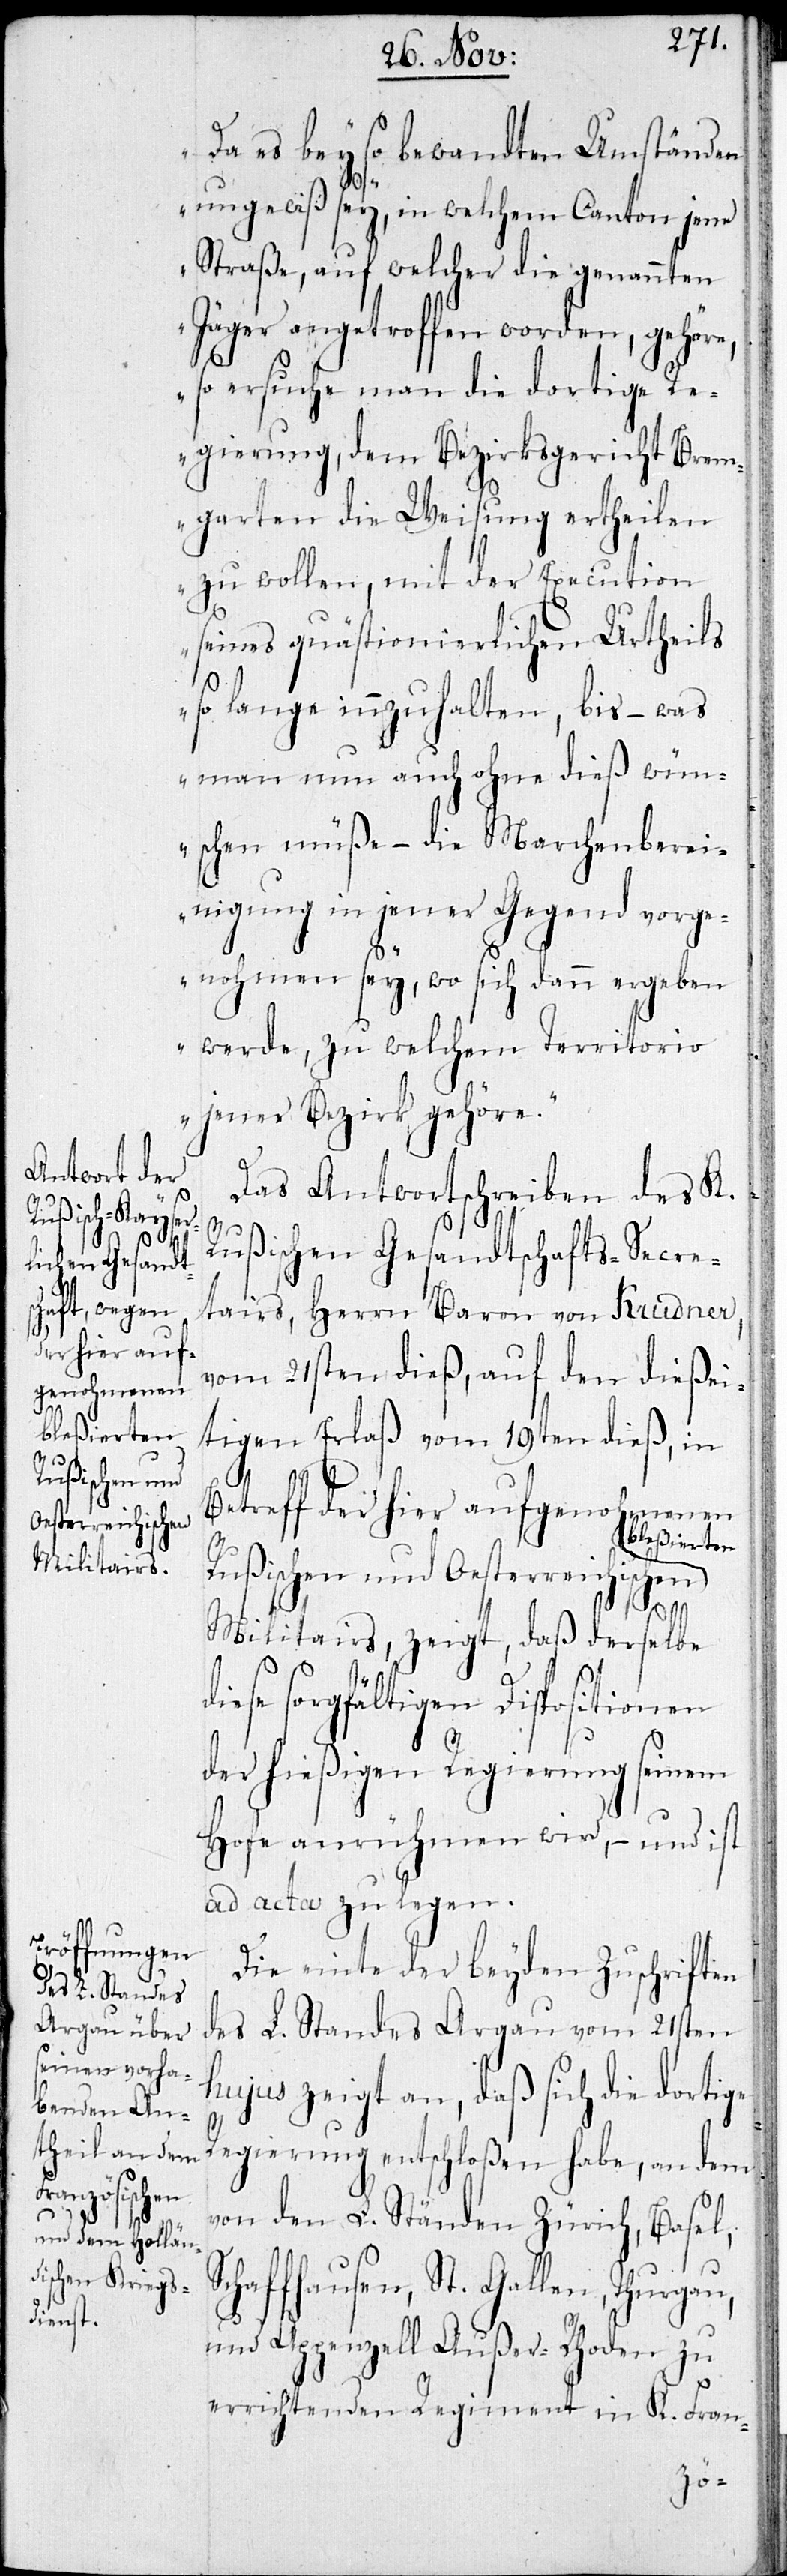
Da es bey so bewandten Umständen
ungewiß sey, in welchem Canton jene
Straße, auf welcher die genannten
Jäger angetroffen worden, gehöre,
so ersuche man die dortige R¬
egierung, dem Bezirksgericht Brem¬
garten die Weisung ertheilen
zu wollen, mit der Execution
seines quästionierlichen Urtheils
so lange innzuhalten, bis – was
man nun auch ohne dieß wün¬
schen müße – die Marchenberei¬
nigung in jener Gegend vorge¬
nohmen sey, wo sich dann ergeben
werde, zu welchem Territorio
jener Bezirk gehöre.“
Das Antwortschreiben des K.
Rußischen Gesandtschafts-Secre¬
tairs, Herrn Baron von Krudner,
vom 21sten dieß, auf den dießei¬
tigen Erlaß vom 19ten dieß, in
Rußischen und
Betreff der hier aufgenohmenen
Oesterreichischen
bleßierten
Militairs, zeigt, daß derselbe
iese sorgfältigen Dispositionen
der hießigen Regierung seinem
Hofe anrühmen wird, – und ist
ad acta zu legen.
Die einte der beyden Zuschriften
des L. Standes Aargau vom 21sten
hujus zeigt an, daß sich die dortige
Regierung entschloßen habe, an dem
von den L. Ständen Zürich, Basel,
Schaffhausen, St. Gallen, Thurgau,
und Appenzell Außer-Rhoden zu
errichtenden Regiment in K. Fran-
d¬